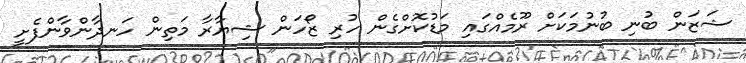
ޝަޒަން ބުނި ބުނުމަކަށް ރޫމެއްގައި މަޑުކޮށްގެން ހުރި ޒޯހަން ޝިޔާރާ މަތިން ހަނދާންވާންފެށީ